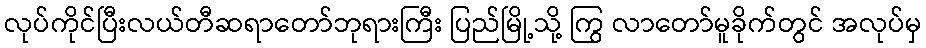
လုပ်ကိုင်ပြီးလယ်တီဆရာတော်ဘုရားကြီး ပြည်မြို့သို့ ကြွ လာတော်မူခိုက်တွင် အလုပ်မှ